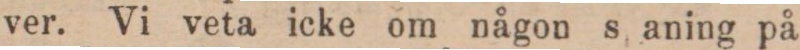
ver. Vi veta icke om någon s aning på